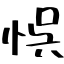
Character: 悞